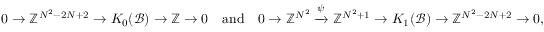
0 \rightarrow \mathbb { Z } ^ { N ^ { 2 } - 2 N + 2 } \rightarrow K _ { 0 } ( \mathcal { B } ) \rightarrow \mathbb { Z } \rightarrow 0 \quad \mathrm { a n d } \quad 0 \rightarrow \mathbb { Z } ^ { N ^ { 2 } } \xrightarrow { \psi } \mathbb { Z } ^ { N ^ { 2 } + 1 } \rightarrow K _ { 1 } ( \mathcal { B } ) \rightarrow \mathbb { Z } ^ { N ^ { 2 } - 2 N + 2 } \rightarrow 0 ,